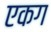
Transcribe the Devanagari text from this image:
एकग